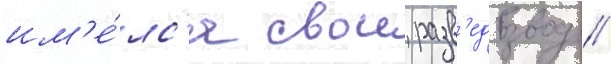
им'е́лс'я свои разв'едвзвод //